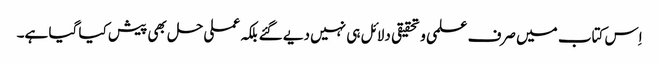
اِس کتاب میں صرف علمی و تحقیقی دلائل ہی نہیں دیے گئے بلکہ عملی حل بھی پیش کیا گیا ہے۔